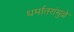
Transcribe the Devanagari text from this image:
धर्मांतरांमुळे